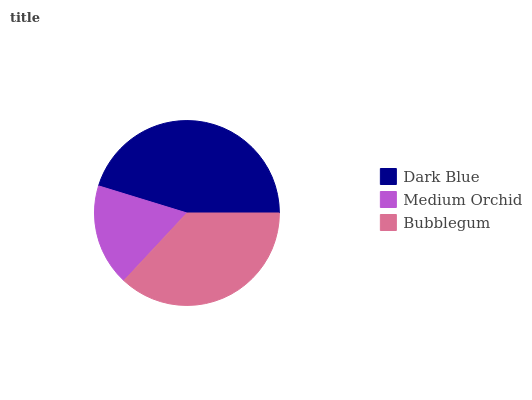
| Dark Blue | Medium Orchid | Bubblegum |
 | --- | --- | --- |
 | 45.2% | 17.8% | 36.9% |